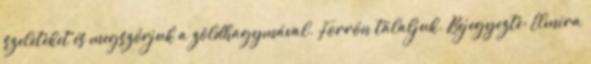
szeleteket és megszórjuk a zöldhagymával. Forrón tálaljuk. Bejegyezte: Elmira